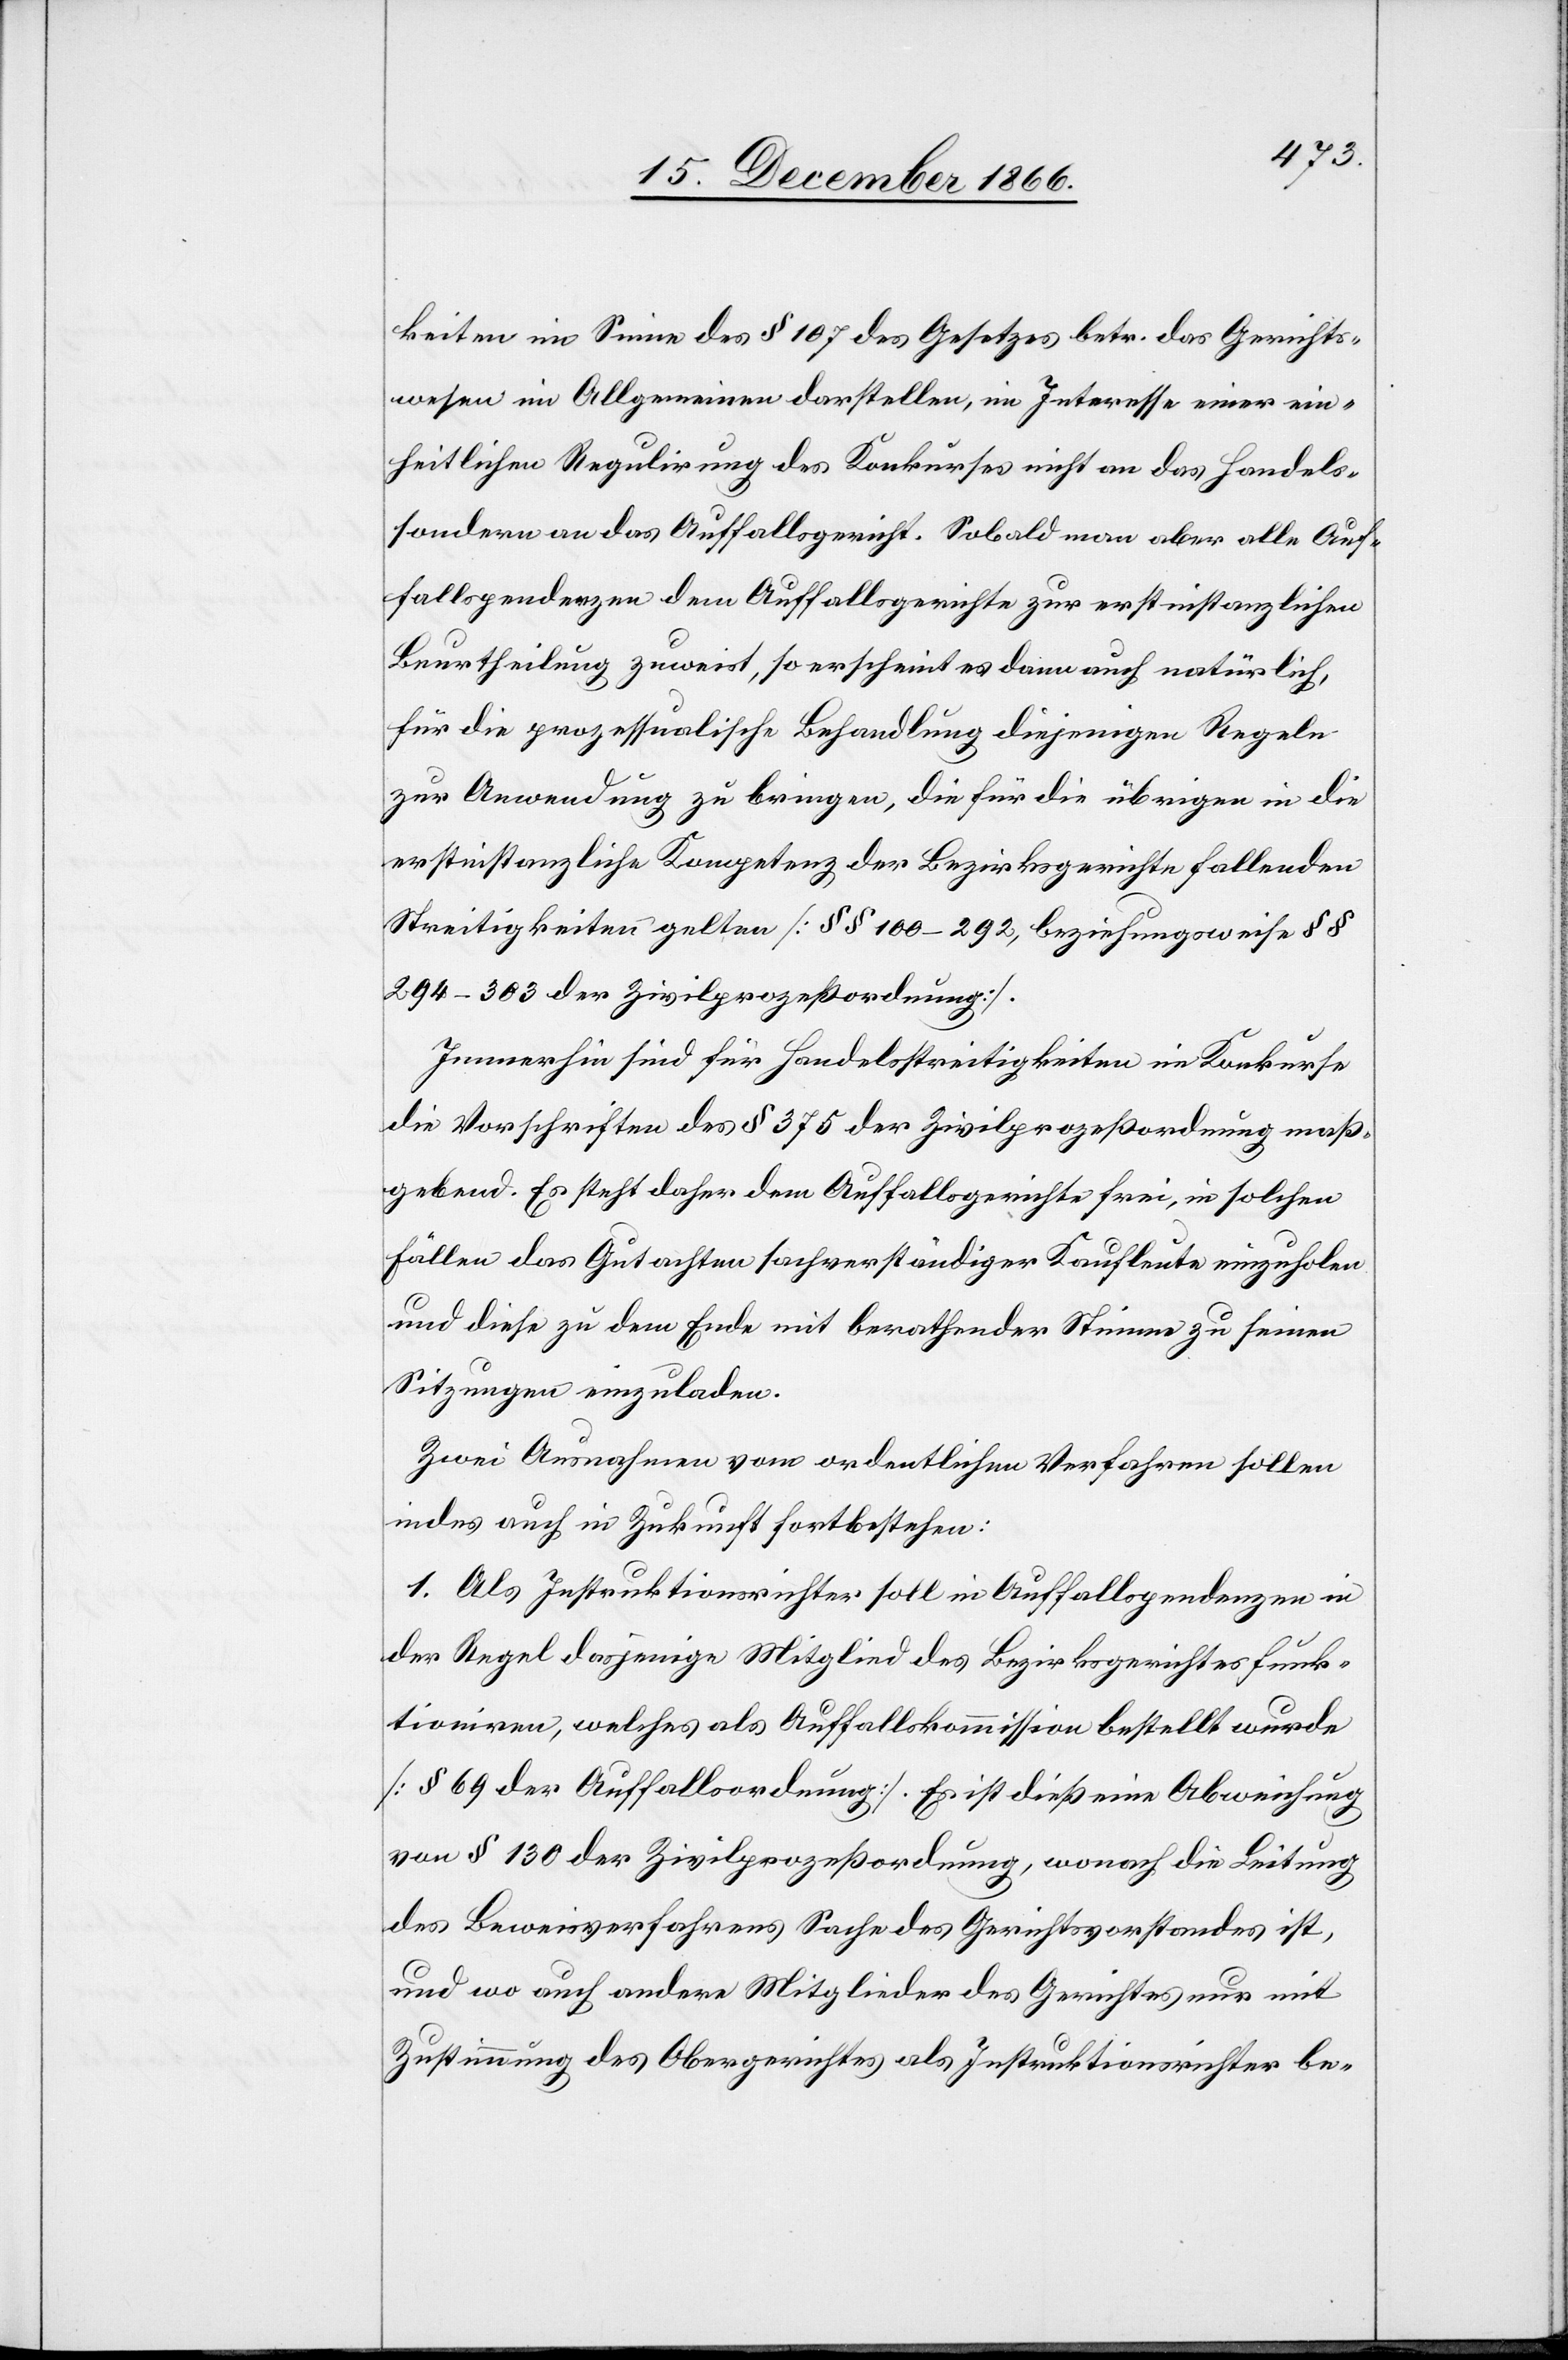
keiten im Sinne des § 107 des Gesetzes betr. das Gerichts¬
wesen im Allgemeinen darstellen, im Interesse einer ein¬
heitlichen Regulirung des Konkurses nicht an das Handels-
sondern an das Auffallsgericht. Sobald man aber alle Auf¬
fallspendenzen dem Auffallsgerichte zur erstinstanzlichen
Beurtheilung zuweist, so erscheint es dann auch natürlich,
für die prozessualische Behandlung diejenigen Regeln
zur Anwendung zu bringen, die für die übrigen in die
erstinstanzliche Kompetenz der Bezirksgerichte fallenden
Streitigkeiten gelten [§ § 100–292, beziehungsweise § §
294–303 der Zivilprozeßordnung].
Immerhin sind für Handelsstreitigkeiten im Konkurse
die Vorschriften des § 375 der Zivilprozeßordnung maß¬
gebend. Es steht daher dem Auffallsgerichte frei, in solchen
Fällen das Gutachten sachverständiger Kaufleute einzuholen
und diese zu dem Ende mit berathender Stimme zu seinen
Sitzungen einzuladen.
Zwei Ausnahmen vom ordentlichen Verfahren sollen
indes auch in Zukunft fortbestehen:
1. Als Instruktionsrichter soll in Auffallspendenzen in
der Regel dasjenige Mitglied des Bezirksgerichtes funk¬
tioniren, welches als Auffallskommission bestellt wurde
[§ 69 der Auffallsordnung]. Es ist dieß eine Abweichung
von § 130 der Zivilprozeßordnung, wonach die Leitung
des Beweisverfahrens Sache des Gerichtsvorstandes ist,
und wo auch andere Mitglieder des Gerichtes nur mit
Zustimmung des Obergerichtes als Instruktionsrichter be-